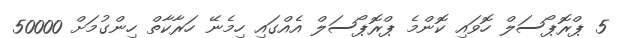
5 ޕްރޮޕޯސަލް ހޮވައި ކޮންމެ ޕްރޮޕޯސަލް އެއްގައި ހިމެނޭ ހަރާކާތް ހިންގުމަށް 50000